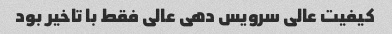
کیفیت عالی سرویس دهی عالی فقط با تاخیر بود